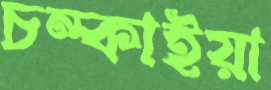
চম্‌কাইয়া